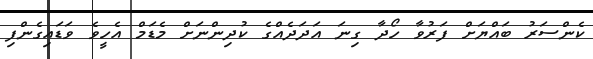
ކެންސަރު ބައްޔަށް ފަރުވާ ހޯދާ ގިނަ އަދަދެއްގެ ކުދިންނަށް މެޑަމް އެހީވެ ވަޑައިގެންފި